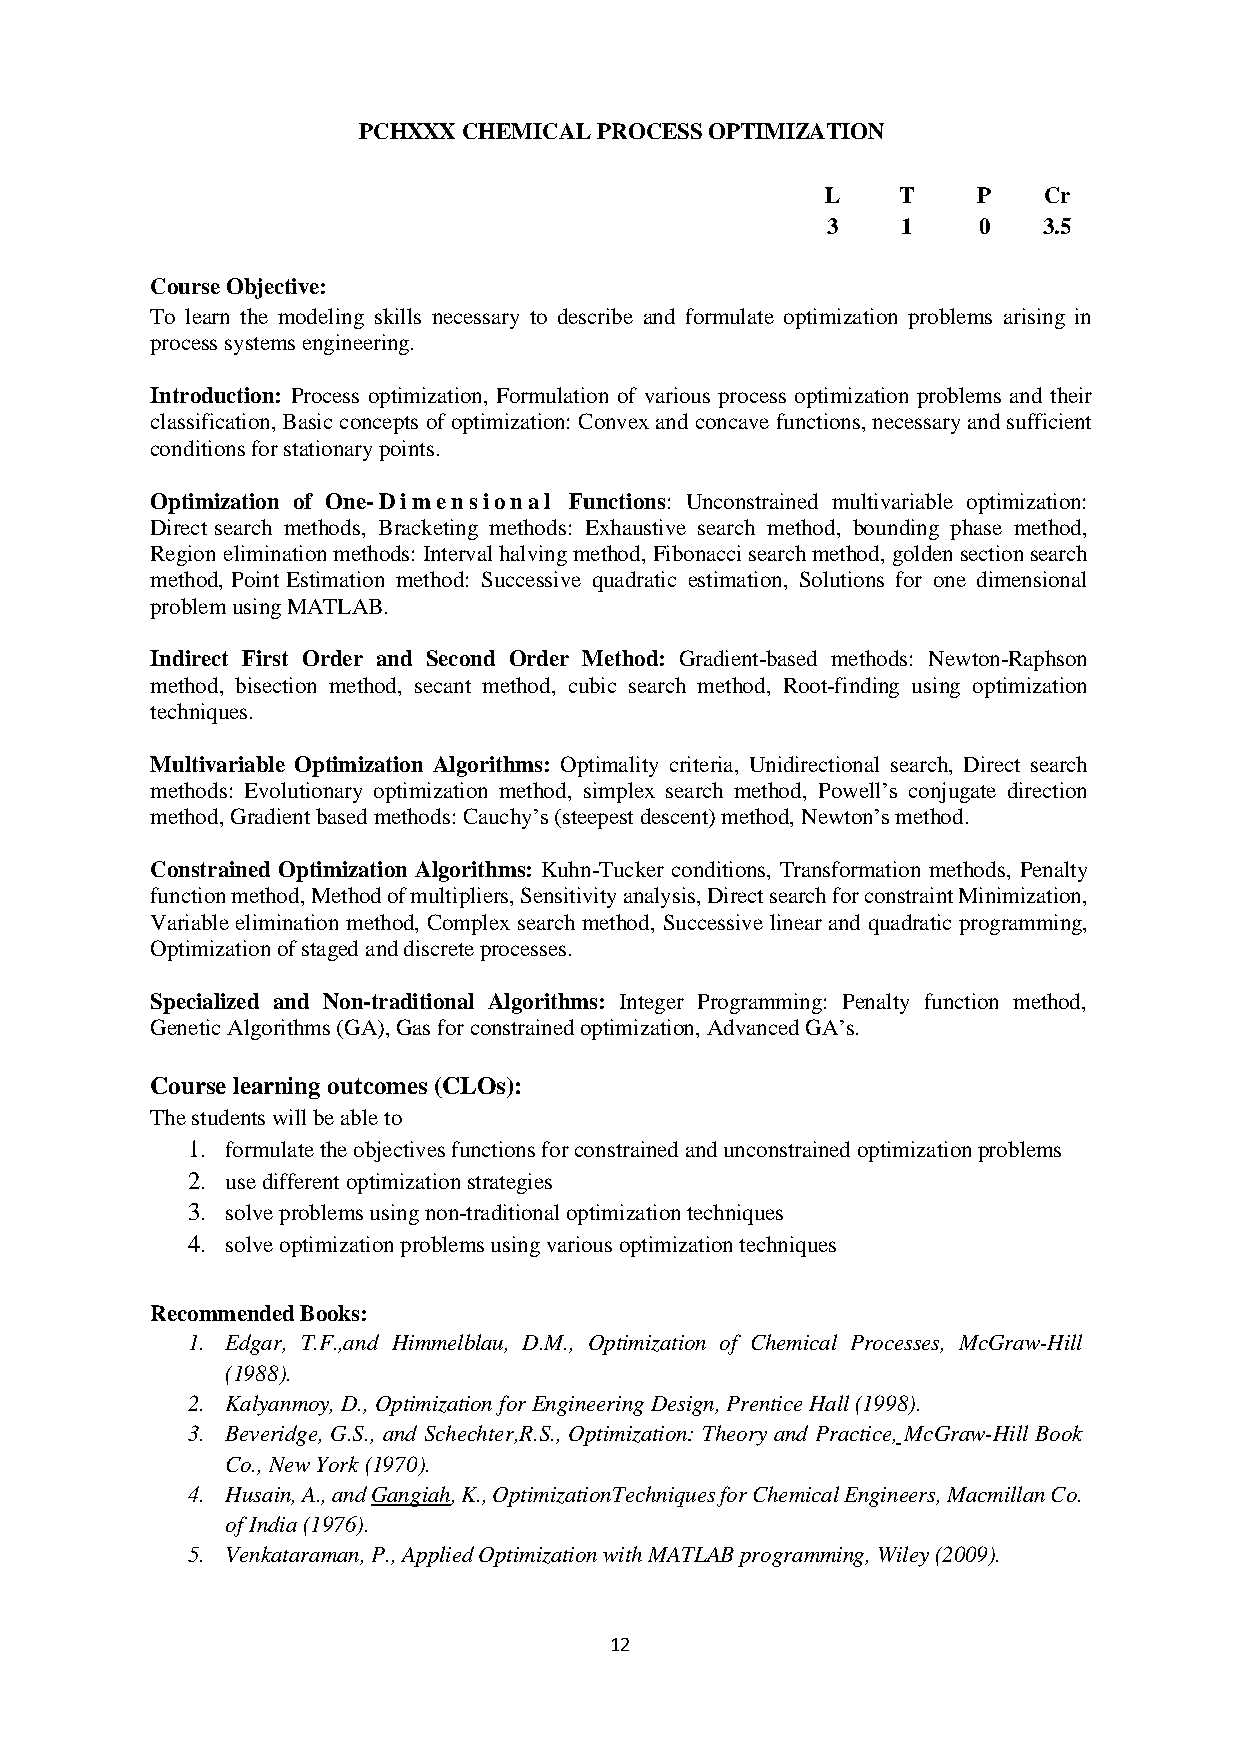
PCHXXX CHEMICAL PROCESS OPTIMIZATION
 L   T     P   Cr
 3    1    0   3.5
 Course Objective:
 To learn the modeling skills necessary to describe and formulate optimization problems arising in
 process systems engineering.
 Introduction: Process optimization, Formulation of various process optimization problems and their
 classification, Basic concepts of optimization: Convex and concave functions, necessary and sufficient
 conditions for stationary points.
 Optimization of One-Dimensional Functions: Unconstrained multivariable optimization:
 Direct search methods, Bracketing methods: Exhaustive search method, bounding phase method,
 Region elimination methods: Interval halving method, Fibonacci search method, golden section search
 method, Point Estimation method: Successive quadratic estimation, Solutions for one dimensional
 problem using MATLAB.
 Indirect First Order and Second Order Method: Gradient-based methods: Newton-Raphson
 method, bisection method, secant method, cubic search method, Root-finding using optimization
 techniques.
 Multivariable Optimization Algorithms: Optimality criteria, Unidirectional search, Direct search
 methods: Evolutionary optimization method, simplex search method, Powell’s conjugate direction
 method, Gradient based methods: Cauchy’s (steepest descent) method, Newton’s method.
 Constrained Optimization Algorithms: Kuhn-Tucker conditions, Transformation methods, Penalty
 function method, Method of multipliers, Sensitivity analysis, Direct search for constraint Minimization,
 Variable elimination method, Complex search method, Successive linear and quadratic programming,
 Optimization of staged and discrete processes.
 Specialized and Non-traditional Algorithms: Integer Programming: Penalty function method,
 Genetic Algorithms (GA), Gas for constrained optimization, Advanced GA’s.
 Course learning outcomes (CLOs):
 The students will be able to
 1. formulate the objectives functions for constrained and unconstrained optimization problems
 2. use different optimization strategies
 3. solve problems using non-traditional optimization techniques
 4. solve optimization problems using various optimization techniques
 Recommended Books:
 1. Edgar, T.F.,and Himmelblau, D.M., Optimization of Chemical Processes, McGraw-Hill
 (1988).
 2. Kalyanmoy, D., Optimization for Engineering Design, Prentice Hall (1998).
 3. Beveridge, G.S., and Schechter,R.S., Optimization: Theory and Practice, McGraw-Hill Book
 Co., New York (1970).
 4. Husain, A., and Gangiah, K., OptimizationTechniques for Chemical Engineers, Macmillan Co.
 of India (1976).
 5. Venkataraman, P., Applied Optimization with MATLAB programming, Wiley (2009).
 12